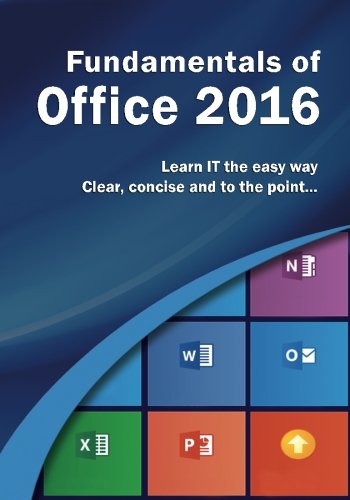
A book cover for Fundamentals of Office 2016 (Computer Fundamentals); Kevin Wilson; Computers & Technology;